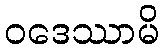
ဝဒေဿာမိ